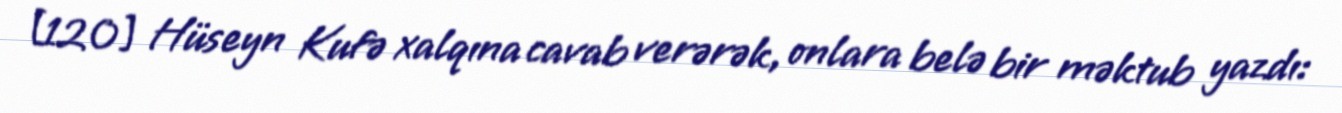
[120] Hüseyn Kufə xalqına cavab verərək, onlara belə bir məktub yazdı: